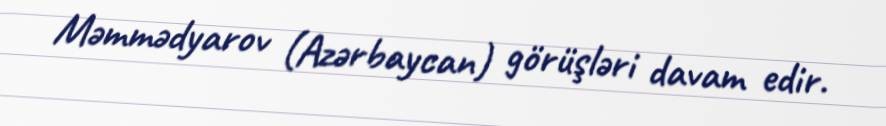
Məmmədyarov (Azərbaycan) görüşləri davam edir.